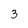
Character: 3